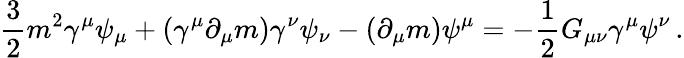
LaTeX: {\frac{3}{2}}m^{2}\gamma^{\mu}\psi_{\mu}+(\gamma^{\mu}\partial_{\mu}m)\gamma^{\nu}\psi_{\nu}-(\partial_{\mu}m)\psi^{\mu}=-{\frac{1}{2}}G_{\mu\nu}\gamma^{\mu}\psi^{\nu}\, .